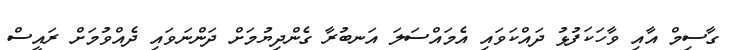
ގާސިމް އާއި ވާހަކަފުޅު ދައްކަވައި އެމައްސަލަ އަނބުރާ ގެންދިޔުމަށް ދަންނަވައި ދެއްވުމަށް ރައީސް